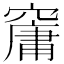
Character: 𥧱